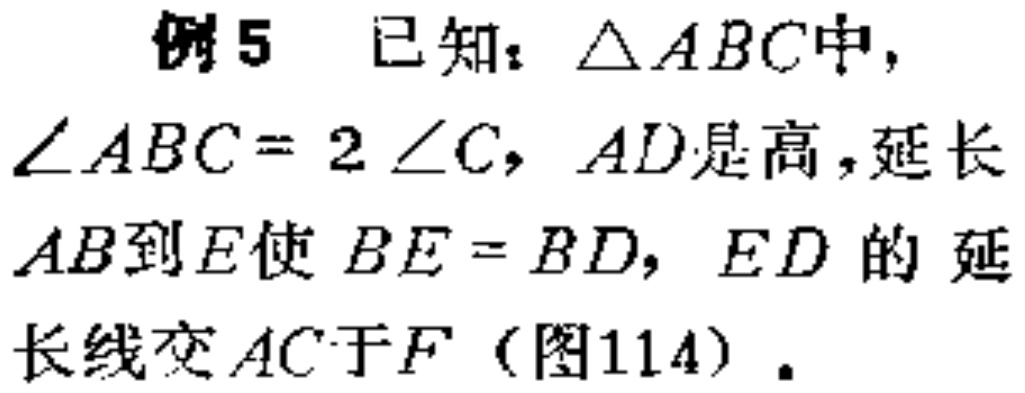
例5 已知：$\triangle ABC$中，$\angle ABC = 2\angle C$，$AD$是高，延长$AB$到$E$使$BE = BD$，$ED$的延长线交$AC$于$F$（图114）.